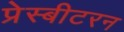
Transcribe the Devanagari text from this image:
प्रेस्बीटरन